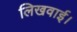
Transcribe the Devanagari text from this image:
लिखवाई।